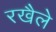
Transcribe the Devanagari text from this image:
रखैले